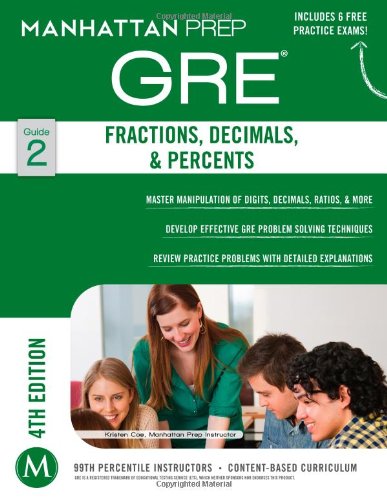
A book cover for GRE Fractions, Decimals, & Percents (Manhattan Prep GRE Strategy Guides); Manhattan Prep; Test Preparation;